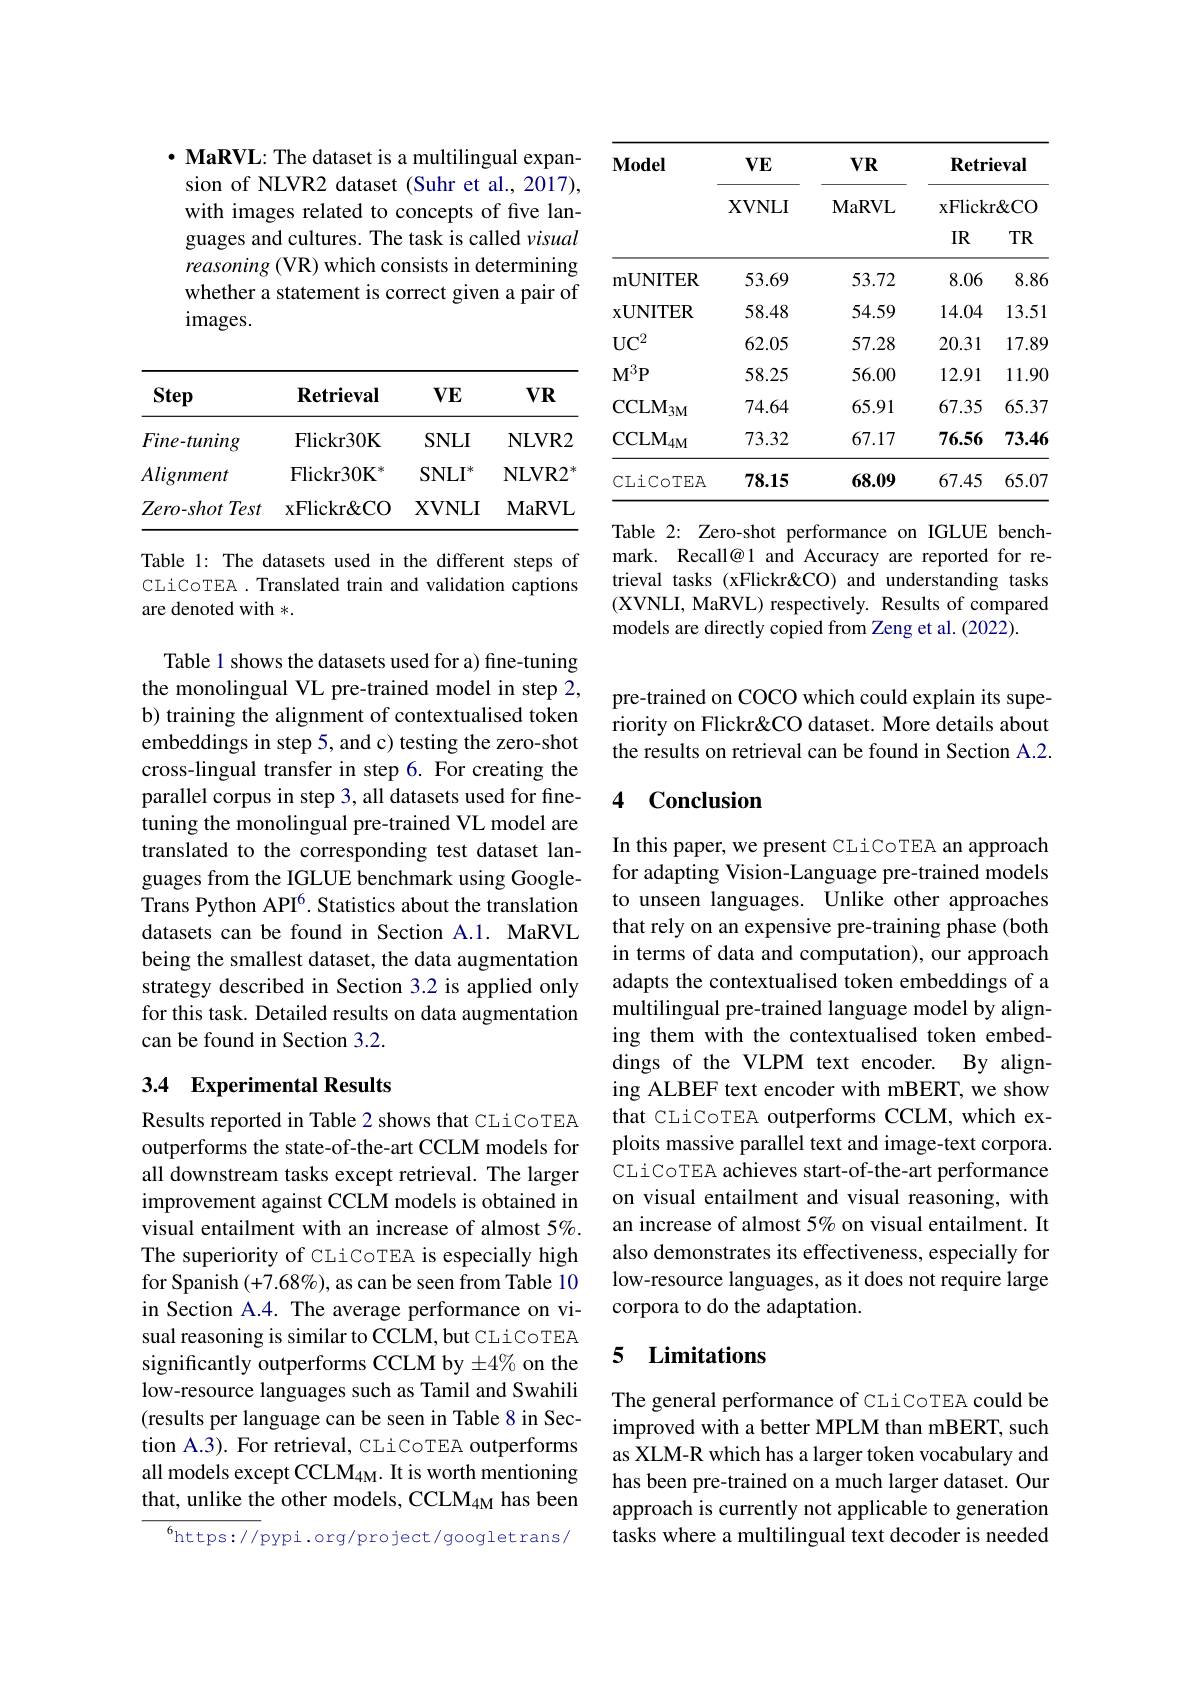
$\cdot \textbf{MaRVL: The dataset is a multilingual expan- }$ sion of NLVR2 dataset (Suhr et al., 2017), with images related to concepts of five languages and cultures. The task is called visual reasoning (VR) which consists in determining whether a statement is correct given a pair of images.

<table>
	<tbody>
		<tr>
			<th>Step</th>
			<th>$\mathbf{Retrieval}$</th>
			<th>$VE$</th>
			<th>$VR$</th>
		</tr>
		<tr>
			<td>$Fine-tuning$</td>
			<td>Flickr30K</td>
			<td>$SNLI$</td>
			<td>NLVR2</td>
		</tr>
		<tr>
			<td>Alignment</td>
			<td>Flickr30K</td>
			<td>$SNLI$</td>
			<td>NLVR2</td>
		</tr>
		<tr>
			<td>$Zero- shot\textit{Test}$</td>
			<td>$\mathbf{xFlickr\&CO}$</td>
			<td>XVNLI</td>
			<td>$\mathbf{MaRVL}$</td>
		</tr>
	</tbody>
</table>

Table 1: The datasets used in the different steps of CLiCoTEA . Translated train and validation captions are denoted with *.

Table 1 shows the datasets used for a) fine-tuning the monolingual VL pre-trained model in step 2, b) training the alignment of contextualised token embeddings in step 5, and c) testing the zero-shot cross-lingual transfer in step 6. For creating the parallel corpus in step 3, all datasets used for finetuning the monolingual pre-trained VL model are translated to the corresponding test dataset languages from the IGLUE benchmark using GoogleTrans Python API$^6.$ Statistics about the translation datasets can be found in Section A.1. MaRVL being the smallest dataset, the data augmentation strategy described in Section 3.2 is applied only for this task. Detailed results on data augmentation can be found in Section 3.2.

## 3.4 Experimental Results

Results reported in Table 2 shows that CLiCoTEA outperforms the state-of-the-art CCLM models for all downstream tasks except retrieval. The larger improvement against CCLM models is obtained in visual entailment with an increase of almost $5\%.$ The superiority of CLiCoTEA is especially high for Spanish $(+7.68\%)$, as can be seen from Table 10 in Section A.4. The average performance on visual reasoning is similar to CCLM, but CLi CoTEA significantly outperforms CCLM by $\pm4\%$ on the low-resource languages such as Tamil and Swahili (results per language can be seen in Table 8 in Section A.3). For retrieval, CLiCoTEA outperforms all models except CCLM4M. It is worth mentioning that, unlike the other models, CCLM$_{4\mathrm{M}}$ has been

$^{6}$https://pypi.org/project/googletrans/

<table>
	<tbody>
		<tr>
			<th rowspan="3">$\mathbf{Model}$</th>
			<th rowspan="3">$VE$ $\mathbf{XVNLI}$</th>
			<th rowspan="3">$VR$ $\mathbf{MaRVL}$</th>
			<th>Retri</th>
			<th>ieval</th>
		</tr>
		<tr>
			<th>xFlickn</th>
			<th>r&CO</th>
		</tr>
		<tr>
			<th>$IR$</th>
			<th>$TR$</th>
		</tr>
		<tr>
			<td>mUNITER</td>
			<td>53.69</td>
			<td>53.72</td>
			<td>8.06</td>
			<td>8.86</td>
		</tr>
		<tr>
			<td>$\mathbf{xUNITER}$</td>
			<td>58.48</td>
			<td>54.59</td>
			<td>14.04</td>
			<td>13.51</td>
		</tr>
		<tr>
			<td>$UC^{2}$</td>
			<td>62.05</td>
			<td>57.28</td>
			<td>20.31</td>
			<td>17.89</td>
		</tr>
		<tr>
			<td>$M^{3}P$</td>
			<td>58.25</td>
			<td>56.00</td>
			<td>12.91</td>
			<td>11.90 1 1</td>
		</tr>
		<tr>
			<td>$\mathrm{CCLM}_{3\mathrm{M}}$</td>
			<td>74.64</td>
			<td>65.91</td>
			<td>67.35</td>
			<td>65.37</td>
		</tr>
		<tr>
			<td>$\mathrm{CCLM}_{4\mathrm{M}}$</td>
			<td>73.32</td>
			<td>67.17</td>
			<td>76.56</td>
			<td>73.46</td>
		</tr>
		<tr>
			<td>CLiCoTEA</td>
			<td>78.15</td>
			<td>68.09</td>
			<td>67.45</td>
			<td>65.07</td>
		</tr>
	</tbody>
</table>

Table 2: Zero-shot performance on IGLUE benchmark. Recall@1 and Accuracy are reported for retrieval tasks (xFlickr&O) and understanding tasks (XVNLI, MaRVL) respectively. Results of compared models are directly copied from Zeng et al. (2022).

pre-trained on COCO which could explain its superiority on Flickr&CO dataset. More details about the results on retrieval can be found in Section A.2.

### 4 Conclusion

In this paper, we present CLiCoTEA an approach for adapting Vision-Language pre-trained models to unseen languages. Unlike other approaches that rely on an expensive pre-training phase (both in terms of data and computation), our approach adapts the contextualised token embeddings of a multilingual pre-trained language model by aligning them with the contextualised token embeddings of the VLPM text encoder. By aligning ALBEF text encoder with mBERT, we show that CLiCoTEA outperforms CCLM, which exploits massive parallel text and image-text corpora. CLiCoTEA achieves start-of-the-art performance on visual entailment and visual reasoning, with an increase of almost 5% on visual entailment. It also demonstrates its effectiveness, especially for low-resource languages, as it does not require large corpora to do the adaptation.

## 5 Limitations

The general performance of CLiCoTEA could be improved with a better MPLM than mBERT, such as XLM-R which has a larger token vocabulary and has been pre-trained on a much larger dataset. Our approach is currently not applicable to generation tasks where a multilingual text decoder is needed